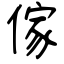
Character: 傢